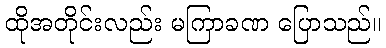
ထိုအတိုင်းလည်း မကြာခဏ ပြောသည်။